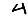
Digit: 4